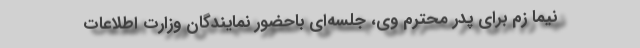
نیما زم برای پدر محترم وی، جلسه‌ای باحضور نمایندگان وزارت اطلاعات